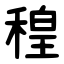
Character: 䅣